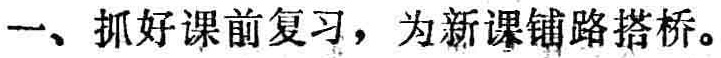
一、抓好课前复习，为新课铺路搭桥。